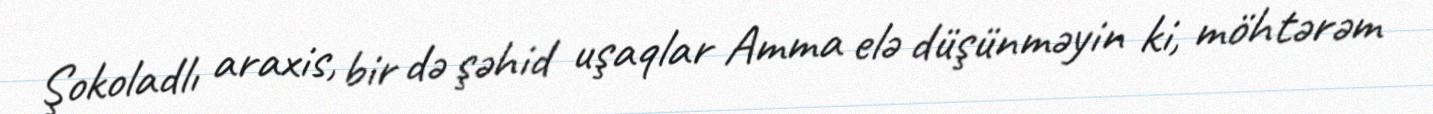
Şokoladlı araxis, bir də şəhid uşaqlar Amma elə düşünməyin ki, möhtərəm